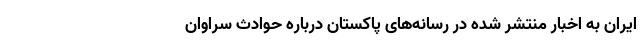
ایران به اخبار منتشر شده در رسانه‌های پاکستان درباره حوادث سراوان